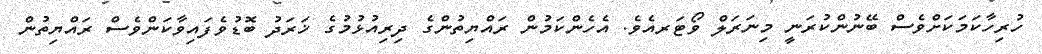
ހުރިހާކަމަކަށްވެސް ބޭނުންކުރަނީ މިނަރަލް ވޯޓަރއެވެ. އެހެންކަމުން ރައްޔިތުންގެ ދިރިއުޅުމުގެ ޚަރަދު ބޮޑުވެފައިވާކަންވެސް ރައްޔިތުން